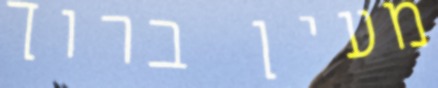
מעין ברוך